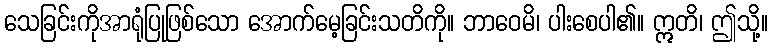
သေခြင်းကိုအာရုံပြုဖြစ်သော အောက်မေ့ခြင်းသတိကို။ ဘာဝေမိ၊ ပါးစေပါ၏။ ဣတိ၊ ဤသို့။